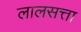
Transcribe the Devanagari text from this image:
लालसत्ता